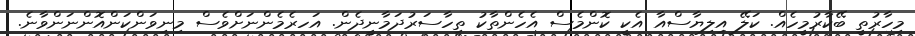
މިހާރުތީ ބޭކާރުމީހެއް. ކަލޭ އިލިޔާސްއާ އެކީ ކޮންމެސް އެހެންތާކު ތިހާސަރުދަމާނީދެން. އަހރެމެންނަށްވެސް މިނިވަންކަންއޮންނަންވާނެ.